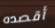
أقصده